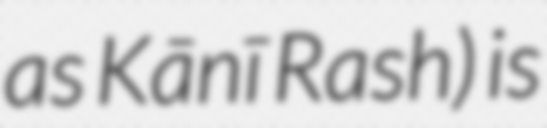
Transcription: as Kānī Rash) is